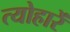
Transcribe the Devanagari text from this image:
त्योहारें